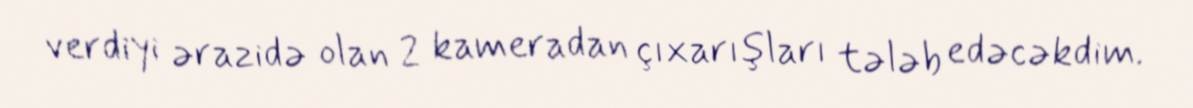
verdiyi ərazidə olan 2 kameradan çıxarışları tələb edəcəkdim.